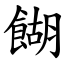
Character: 餬